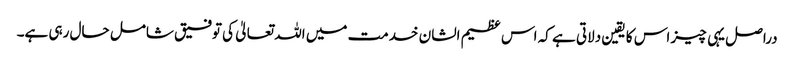
دراصل یہی چیز اس کا یقین دلاتی ہے کہ اس عظیم الشان خدمت میں اللہ تعالیٰ کی توفیق شامل حال رہی ہے۔